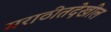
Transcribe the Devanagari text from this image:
मराठीतदेखील